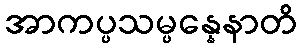
အာကပ္ပသမ္ပန္နေနာတိ